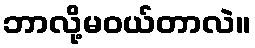
ဘာလို့မဝယ်တာလဲ။